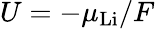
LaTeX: U=-\mu_{\mathrm{Li}}/F